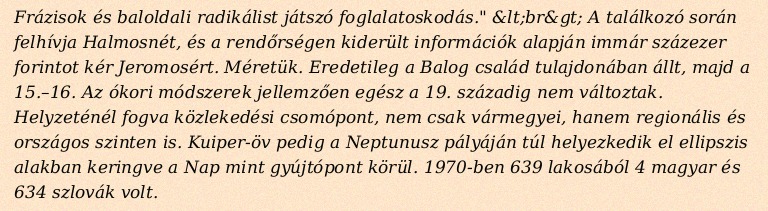
Frázisok és baloldali radikálist játszó foglalatoskodás." &lt;br&gt; A találkozó során felhívja Halmosnét, és a rendőrségen kiderült információk alapján immár százezer forintot kér Jeromosért. Méretük. Eredetileg a Balog család tulajdonában állt, majd a 15.–16. Az ókori módszerek jellemzően egész a 19. századig nem változtak. Helyzeténél fogva közlekedési csomópont, nem csak vármegyei, hanem regionális és országos szinten is. Kuiper-öv pedig a Neptunusz pályáján túl helyezkedik el ellipszis alakban keringve a Nap mint gyújtópont körül. 1970-ben 639 lakosából 4 magyar és 634 szlovák volt.